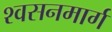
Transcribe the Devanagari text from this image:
श्‍वसनमार्ग